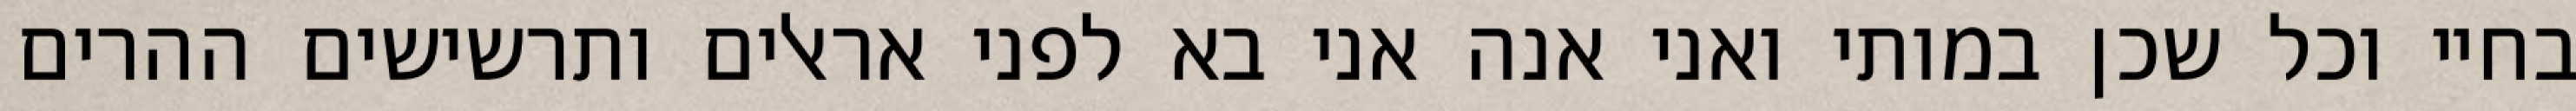
בחיי וכל שכן במותי ואני אנה אני בא לפני אראלים ותרשישים ההרים